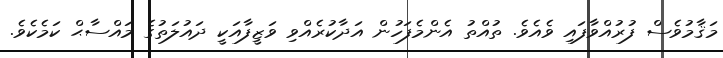
މަޤާމުވެސް ފުރުއްވާފައި ވެއެވެ. ތުއްތު އެންމެފަހުން އަދާކުރެއްވި ވަޒީފާއަކީ ދައުލަތުގެ މައްސާޙް ކަމެކެވެ.